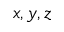
x , y , z